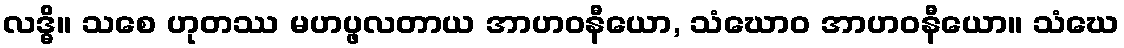
လဒ္ဓိ။ သစေ ဟုတဿ မဟပ္ဖလတာယ အာဟဝနီယော, သံဃောဝ အာဟဝနီယော။ သံဃေ